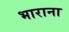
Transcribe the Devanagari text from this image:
भाराना